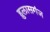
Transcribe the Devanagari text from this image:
हुलासगंज